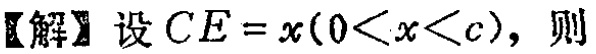
【解】设 \(CE = x(0<x<c)\)，则